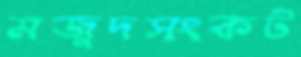
মজুদসংকট